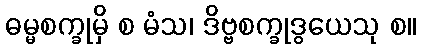
ဓမ္မစက္ခုမှိ စ မံသ၊ ဒိဗ္ဗစက္ခုဒွယေသု စ။